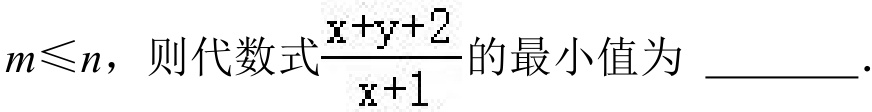
\(m\leqslant n\)，则代数式\(\frac{x + y + 2}{x + 1}\)的最小值为 \_\_\_\_\_。